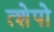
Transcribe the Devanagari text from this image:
त्शेपो